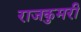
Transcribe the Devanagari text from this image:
राजकुमरी